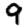
Digit: 9